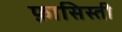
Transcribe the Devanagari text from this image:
फ़ासिस्ती